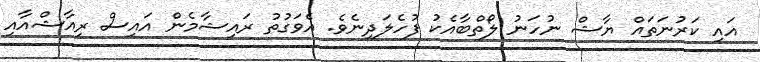
އައި ކަރުނަތައް ޔާޝް ނުހަނު ލޯތްބާއެކު ފުހެލަދިނެވެ. އެވަގުތު ރައިޝާމެން އައިސް ރިއާޝްއާއި